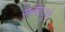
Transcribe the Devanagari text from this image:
सर्वबाजूने